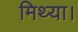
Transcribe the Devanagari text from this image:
मिथ्या।